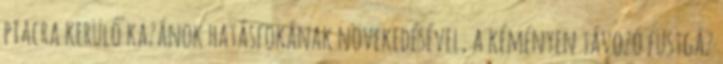
piacra kerülő kazánok hatásfokának növekedésével, a kéményen távozó füstgáz